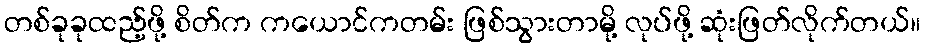
တစ်ခုခုထည့်ဖို့ စိတ်က ကယောင်ကတမ်း ဖြစ်သွားတာမို့ လုပ်ဖို့ ဆုံးဖြတ်လိုက်တယ်။